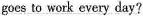
goes to work every day?